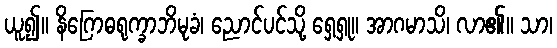
ယူ၍။ နိဂြောဓရုက္ခာဘိမုခံ၊ ညောင်ပင်သို့ ရှေ့ရှု။ အာဂမာသိ၊ လာ၏။ သာ၊